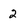
Character: 2